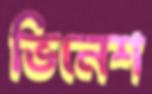
ভিনেশ